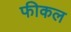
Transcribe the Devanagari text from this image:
फीकल